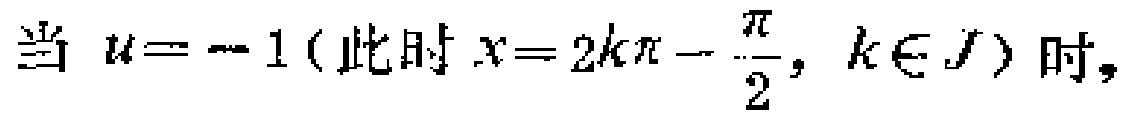
当 \(u = -1\)（此时 \(x = 2k\pi - \frac{\pi}{2}, k\in J\)）时，